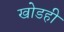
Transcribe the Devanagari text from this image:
खोडही